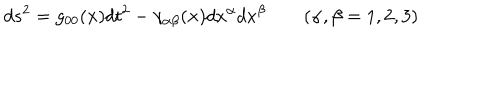
d s ^ { 2 } = g _ { 0 0 } ( { \bf x } ) d t ^ { 2 } - \gamma _ { \alpha \beta } ( { \bf x } ) d x ^ { \alpha } d x ^ { \beta } \qquad ( \alpha , \beta = 1 , 2 , 3 )